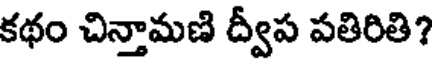
కథం చిన్తామణి ద్వీప పతిరితి?